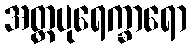
အတ္ထပုရေက္ခာရော